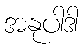
အနုပါဒါ